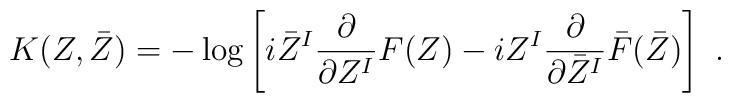
K(Z,\bar Z)= -\log\left[i\bar Z^I \frac{\partial}{\partial Z^I} F(Z) -iZ^I\frac{\partial}{\partial\bar Z^I}\bar F(\bar Z) \right]\ .